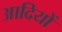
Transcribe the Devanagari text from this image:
आदियों